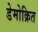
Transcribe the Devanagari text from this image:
डेमोक्रित